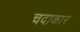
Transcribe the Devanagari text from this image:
चदाकार